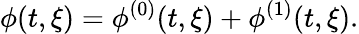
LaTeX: \phi(t,\xi)=\phi^{(0)}(t,\xi)+\phi^{(1)}(t,\xi).